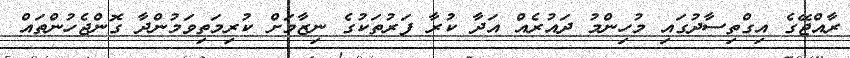
ރާއްޖޭގެ އިގްތިސާދުގައި މުހިންމު ދައުރެއް އަދާ ކުރާ ފަރުތަކުގެ ނިޒާމަށް ކުރިމަތިވަމުންދާ ގޮންޖެހުންތައް